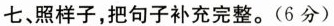
七、照样子，把句子补充完整。(6分)